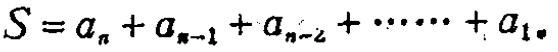
\(S = a_{n}+a_{n - 1}+a_{n - 2}+\cdots\cdots+a_{1}\)